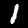
Label: 1